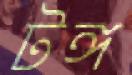
টঙ্গ